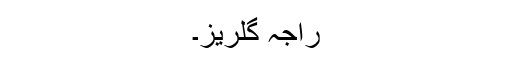
راجہ گلریز۔